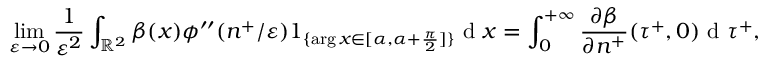
\operatorname* { l i m } _ { \varepsilon \to 0 } \frac { 1 } { \varepsilon ^ { 2 } } \int _ { \mathbb { R } ^ { 2 } } \beta ( x ) \phi ^ { \prime \prime } ( n ^ { + } / \varepsilon ) 1 _ { \{ \arg x \in [ \alpha , \alpha + \frac { \pi } { 2 } ] \} } \textrm { d } x = \int _ { 0 } ^ { + \infty } \frac { \partial \beta } { \partial n ^ { + } } ( \tau ^ { + } , 0 ) \textrm { d } \tau ^ { + } ,